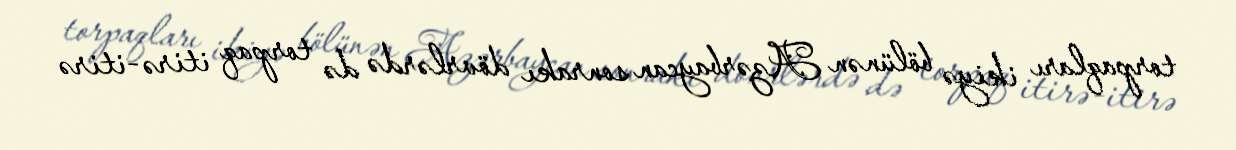
torpaqları ikiyə bölünən Azərbaycan sonrakı dövrlərdə də torpaq itirə-itirə